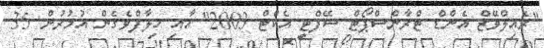
"ރެއިލްވޭޒް އެންޑް ޓްރާންސްޕޯޓް ސޭފްޓީ އެކްޓް 2003" އާއި ޚިލާފްވެގެން އުމުރުން 35